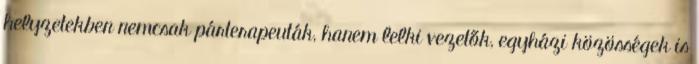
helyzetekben nemcsak párterapeuták, hanem lelki vezetők, egyházi közösségek is